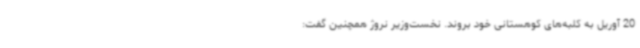
20 آوریل به کلبه‌های کوهستانی خود بروند. نخست‌وزیر نروژ همچنین گفت: